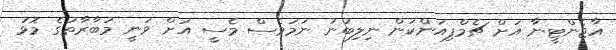
އާޖެންޓީނާ އަށް ޗެމްޕިއަންކަން ނިލިބުނު ނަމަވެސް މެސީ އަށް ވަނީ މުބާރާތުގެ މޮޅު